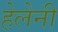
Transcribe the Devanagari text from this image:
हेलेनी